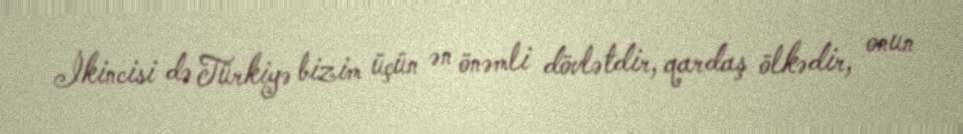
İkincisi də Türkiyə bizim üçün ən önəmli dövlətdir, qardaş ölkədir, onun